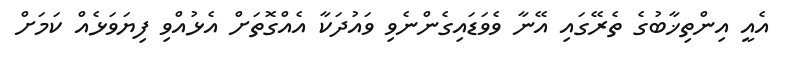
އެއީ އިންތިޚާބުގެ ތެރޭގައި އޭނާ ވެވަޑައިގެންނެވި ވައުދަކާ އެއްގޮތަށް އެޅުއްވި ފިޔަވަޅެއް ކަމަށް